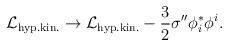
LaTeX: \begin{align*}{\cal L}_{\rm hyp.kin.} \rightarrow {\cal L}_{\rm hyp.kin.} - \frac32 \sigma'' \phi^*_i \phi^i.\end{align*}